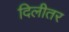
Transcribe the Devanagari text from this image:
दिलीतर